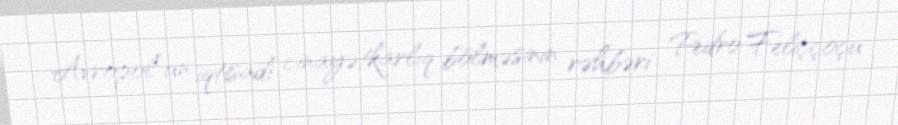
Avropol”un iqtisadi cinayətkarlıq bölməsinin rəhbəri Pedro Feliççoçu